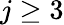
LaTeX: j\geq 3